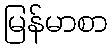
မြန်မာစာ